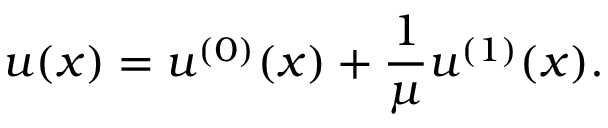
u ( x ) = u ^ { ( 0 ) } ( x ) + \frac { 1 } { \mu } u ^ { ( 1 ) } ( x ) .